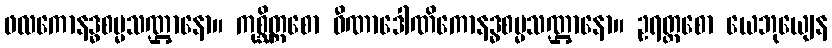
ဖလကောနဒ္ဓစမ္မသဏ္ဌာနော။ ကုစ္ဆိတ္တစော ဝီဏာဒေါဏိကောနဒ္ဓစမ္မသဏ္ဌာနော။ ဥရတ္တစော ယေဘုယျေန